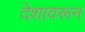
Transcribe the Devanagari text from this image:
देशावरून